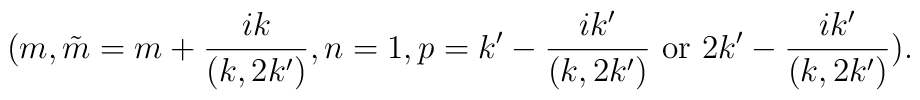
(m,\tilde{m}=m+\frac{ik}{(k,2k')},n=1,p=k'-\frac{ik'}{(k,2k')} {\rm ~or~}2k'-\frac{ik'}{(k,2k')}).